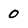
Character: 0